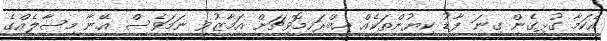
އެކަމާ ގުޅިގެން ގިނަ ފާޑު ކިޔުންތަކެއް އިބްްރަހިމޮވިޗަށް އަމާޒުވި ނަމަވެސް އޭނާ މިސާލެއްގެ